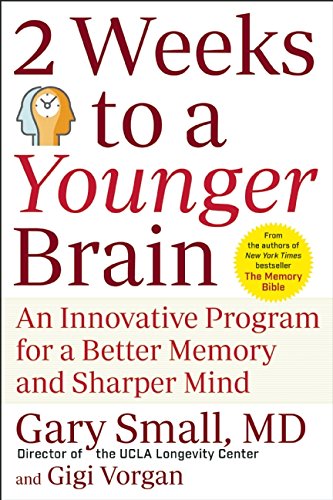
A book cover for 2 Weeks To A Younger Brain: An Innovative Program for a Better Memory and Sharper Mind; Gary Small; Health, Fitness & Dieting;